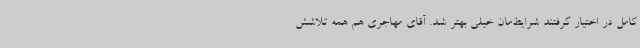
کامل در اختیار گرفتند شرایط‌مان خیلی بهتر شد. آقای مهاجری هم همه تلاشش